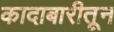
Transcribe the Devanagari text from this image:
कादाबारीतून